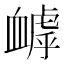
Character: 𧗌